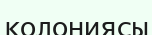
колониясы